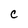
Character: C